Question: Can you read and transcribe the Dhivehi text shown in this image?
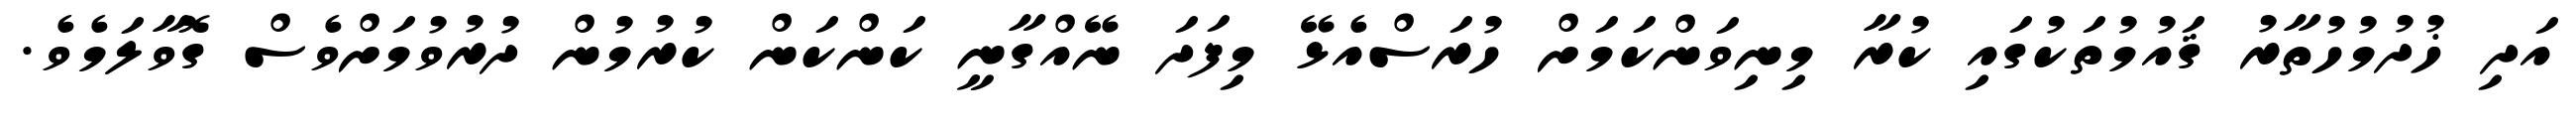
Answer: އަދި ޚުދުމުހުތާރު ޤައުމުތަކުގައި ކުރާ މިނިވަންކަމަށް ހުރަސްއެޅޭ މިފަދަ ނޭއްގާނީ ކަންކަން ކުރުމުން ދުރުވުމަށްވެސް ގޮވާލަމެވެ.